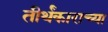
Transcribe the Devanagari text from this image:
तीर्थंकाराच्या